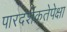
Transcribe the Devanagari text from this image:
पारदर्शकतेपेक्षा